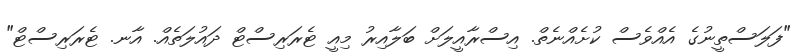
"ފަލަސްތީނުގެ އެއްވެސް ކުށެއްނެތް. އިސްރާއީލަށް ބަލާއިރު މިއީ ޓެރަރިސްޓް ދައުލަތެއް. އާނ. ޓެރަރިސްޓް"